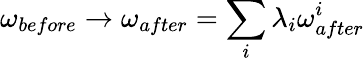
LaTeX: \omega_{before}\rightarrow\omega_{after}=\sum_{i}\lambda_{i}\omega_{after}^{i}